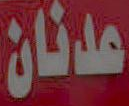
عدنان